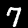
Label: 7